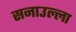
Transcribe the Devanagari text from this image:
सनाउल्ला